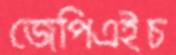
জেপিএইচ